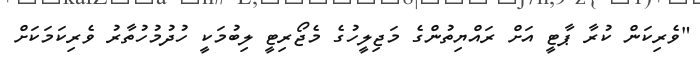
"ވެރިކަން ކުރާ ޕާޓީ އަށް ރައްޔިތުންގެ މަޖިލީހުގެ މެޖޯރިޓީ ލިބުމަކީ ހުދުމުހުތާރު ވެރިކަމަކަށް